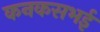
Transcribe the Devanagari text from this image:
कनकसभई